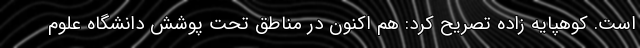
است. کوهپایه زاده تصریح کرد: هم اکنون در مناطق تحت پوشش دانشگاه علوم